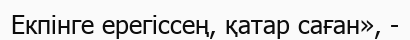
Екпінге ерегіссең, қатар саған», -